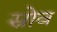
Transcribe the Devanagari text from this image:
स्रोव